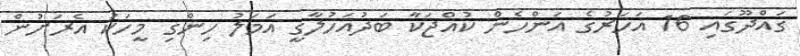
ގައްދޫގައި 16 އަހަރުގެ އަންހެން ކުއްޖަކާ ބަދުއަހުލާގީ އަމަލު ހިންގި މީހަކު އެރަށުން